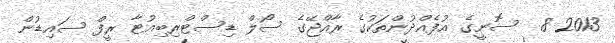
2013 8  ސޮނީގެ އުފެއްދުންތަކުގެ ރާއްޖޭގެ ސޯލް ޑިސްޓްރިބިއުޓާ ރީފް ސައިޑުން